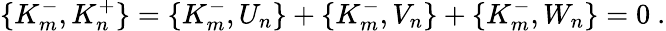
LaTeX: \{ K_{m}^{-},K_{n}^{+}\} =\{ K_{m}^{-},U_{n}\} +\{ K_{m}^{-},V_{n}\} +\{ K_{m}^{-},W_{n}\} =0\ .